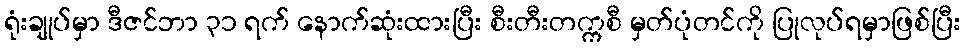
ရုံးချုပ်မှာ ဒီဇင်ဘာ ၃၁ ရက် နောက်ဆုံးထားပြီး စီးတီးတက္ကစီ မှတ်ပုံတင်ကို ပြုလုပ်ရမှာဖြစ်ပြီး